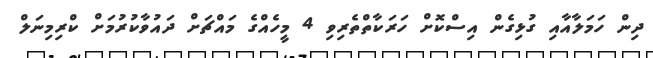
ދިން ހަމަލާއާއި ގުޅިގެން އިސްކޮށް ހަރަކާތްތެރިވި 4 މީހެއްގެ މައްޗަށް ދައުވާކުރުމަށް ކްރިމިނަލް